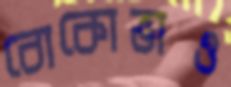
বোকোভাও